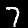
Digit: 7